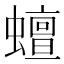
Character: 蟺